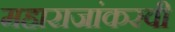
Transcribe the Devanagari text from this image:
महाराजांकरवी